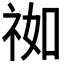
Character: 𰧹